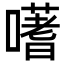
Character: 𭋦